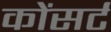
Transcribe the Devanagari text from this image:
कोंसर्ट